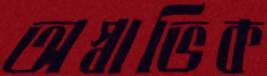
অস্বাভিক